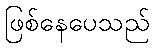
ဖြစ်နေပေသည်